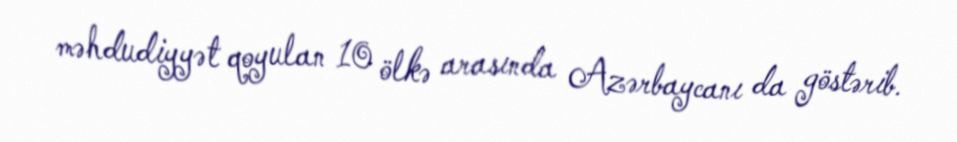
məhdudiyyət qoyulan 10 ölkə arasında Azərbaycanı da göstərib.